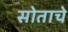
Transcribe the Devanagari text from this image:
सोताचे